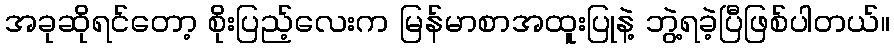
အခုဆိုရင်တော့ စိုးပြည့်လေးက မြန်မာစာအထူးပြုနဲ့ ဘွဲ့ရခဲ့ပြီဖြစ်ပါတယ်။